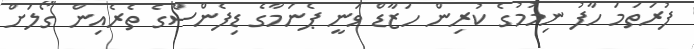
ފުރަތަމަ ހާފު ނިމުމުގެ ކުރިން ހަޒާޑް ވަނީ ޕެނަމާގެ ޑިފެންސްގެ ތެރެއިިން ގޯލަށް